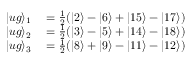
\begin{array} { r l } { \vert u g \rangle _ { 1 } } & { { } = \frac { 1 } { 2 } ( \vert 2 \rangle - \vert 6 \rangle + \vert 1 5 \rangle - \vert 1 7 \rangle ) } \\ { \vert u g \rangle _ { 2 } } & { { } = \frac { 1 } { 2 } ( \vert 3 \rangle - \vert 5 \rangle + \vert 1 4 \rangle - \vert 1 8 \rangle ) } \\ { \vert u g \rangle _ { 3 } } & { { } = \frac { 1 } { 2 } ( \vert 8 \rangle + \vert 9 \rangle - \vert 1 1 \rangle - \vert 1 2 \rangle ) } \end{array}